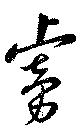
虜